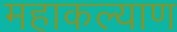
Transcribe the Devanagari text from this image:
महाकल्याण